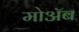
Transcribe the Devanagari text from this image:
मोॲब